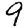
Digit: 9